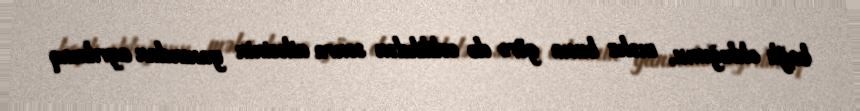
bağlı olduğunu, məhz buna görə də evlilikdən sonra ailəsinin yanından ayrılmaq